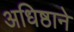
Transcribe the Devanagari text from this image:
अधिष्ठाने